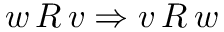
w \, R \, v \Rightarrow v \, R \, w